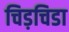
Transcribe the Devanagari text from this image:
चिड़चिडा